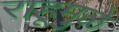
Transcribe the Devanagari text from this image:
राहूमुळे